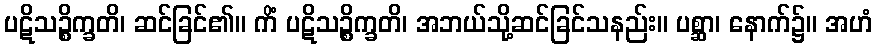
ပဋိသဉ္စိက္ခတိ၊ ဆင်ခြင်၏။ ကိံ ပဋိသဉ္စိက္ခတိ၊ အဘယ်သို့ဆင်ခြင်သနည်း။ ပစ္ဆာ၊ နောက်၌။ အဟံ